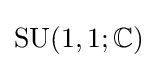
\operatorname {SU} (1,1;\mathbb {C} )